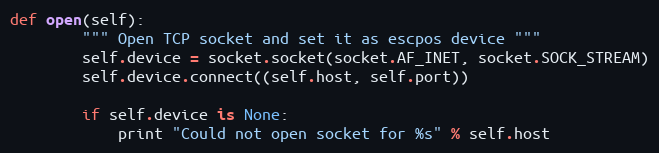
Language: Python
def open(self):
        """ Open TCP socket and set it as escpos device """
        self.device = socket.socket(socket.AF_INET, socket.SOCK_STREAM)
        self.device.connect((self.host, self.port))

        if self.device is None:
            print "Could not open socket for %s" % self.host